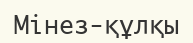
Мінез-құлқы